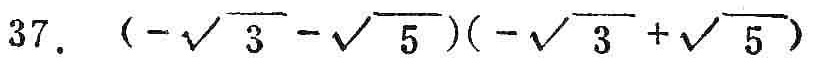
$37.(-\sqrt{3}-\sqrt{5})(-\sqrt{3}+\sqrt{5})$